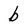
Character: b